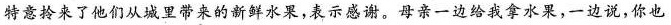
特意拎来了他们从城里带来的新鲜水果，表示感谢。母亲一边给我拿水果，一边说，你也